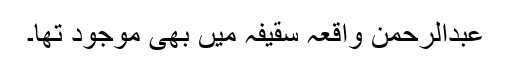
عبدالرحمن واقعہ سقیفہ میں بھی موجود تھا۔